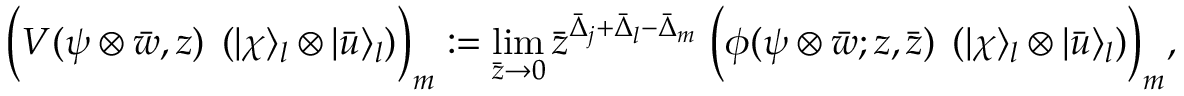
\Bigl ( V ( \psi \otimes \bar { w } , z ) \; \left( | \chi \rangle _ { l } \otimes | \bar { u } \rangle _ { l } \right) \Bigr ) _ { m } : = \operatorname * { l i m } _ { \bar { z } \rightarrow 0 } \bar { z } ^ { \bar { \Delta } _ { j } + \bar { \Delta } _ { l } - \bar { \Delta } _ { m } } \; \Bigl ( \phi ( \psi \otimes \bar { w } ; z , \bar { z } ) \; \left( | \chi \rangle _ { l } \otimes | \bar { u } \rangle _ { l } \right) \Bigr ) _ { m } ,